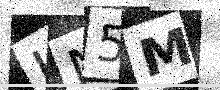
Text: LN5M